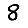
Digit: 8